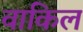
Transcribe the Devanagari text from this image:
वाकिल